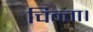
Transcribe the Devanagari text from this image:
चिन्ता।